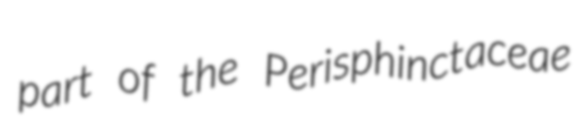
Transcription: part of the Perisphinctaceae